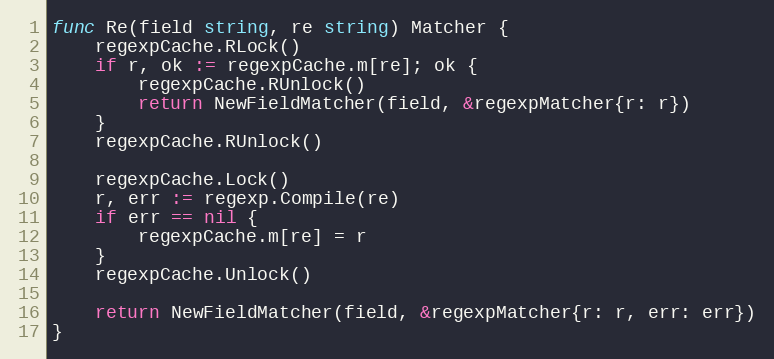
Language: Go
func Re(field string, re string) Matcher {
	regexpCache.RLock()
	if r, ok := regexpCache.m[re]; ok {
		regexpCache.RUnlock()
		return NewFieldMatcher(field, &regexpMatcher{r: r})
	}
	regexpCache.RUnlock()

	regexpCache.Lock()
	r, err := regexp.Compile(re)
	if err == nil {
		regexpCache.m[re] = r
	}
	regexpCache.Unlock()

	return NewFieldMatcher(field, &regexpMatcher{r: r, err: err})
}